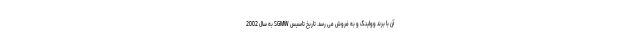
آن با برند وولینگ و به فروش می رسد. تاریخ تاسیس SGMW به سال 2002